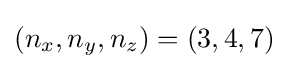
(n_{x},n_{y},n_{z})=(3,4,7)